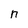
Character: n